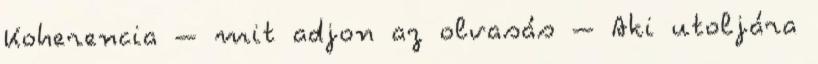
Koherencia – mit adjon az olvasás – Aki utoljára